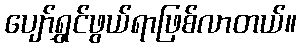
ပျော်ရွှင်ဖွယ်ရာဖြစ်လာတယ်။